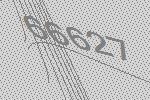
66627